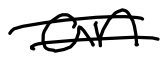
Text: an
Cross-out: double-line
Writing tool: digital_black